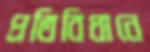
প্রতিবিধানে